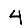
Digit: 4